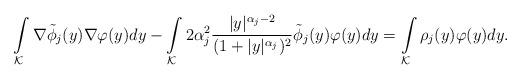
LaTeX: \begin{align*}&\int\limits_{\mathcal{K}}\nabla \tilde\phi_j (y)\nabla\varphi(y) dy-\int\limits_{\mathcal{K}}2\alpha_j^2{|y|^{\alpha_j-2}\over (1+|y|^{\alpha_j})^2} \tilde\phi_j (y)\varphi(y) dy=\int\limits_{\mathcal{K}} \rho_j(y)\varphi(y)dy.\end{align*}